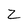
Character: z